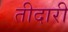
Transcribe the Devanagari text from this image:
तीदारी